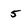
Character: 5